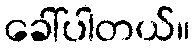
ခေါ်ပါတယ်။